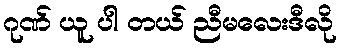
ဂုဏ် ယူ ပါ တယ် ညီမလေးဒီလို